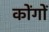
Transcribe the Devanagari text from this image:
कोंगों